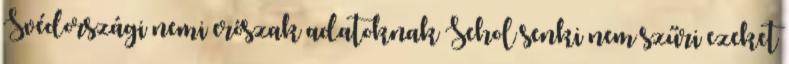
Svédországi nemi erőszak adatoknak Sehol senki nem szűri ezeket